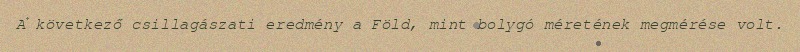
A következő csillagászati eredmény a Föld, mint bolygó méretének megmérése volt.